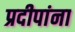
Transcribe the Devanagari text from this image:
प्रदीपांना